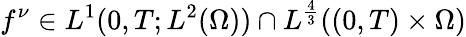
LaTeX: f^{\nu}\in L^{1}(0,T;L^{2}(\Omega))\cap L^{\frac 43}((0,T)\times\Omega)